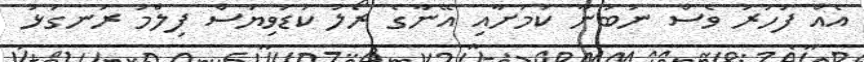
އެއް ފަހަރު ވެސް ނުބުނާ ކަމަށާއި އޭނާގެ ރޯލު ކުޑަވިޔަސް ފިލްމު ރަނގަޅު